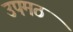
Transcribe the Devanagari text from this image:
उपमठ